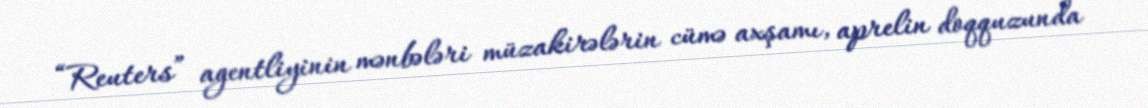
“Reuters” agentliyinin mənbələri müzakirələrin cümə axşamı, aprelin doqquzunda